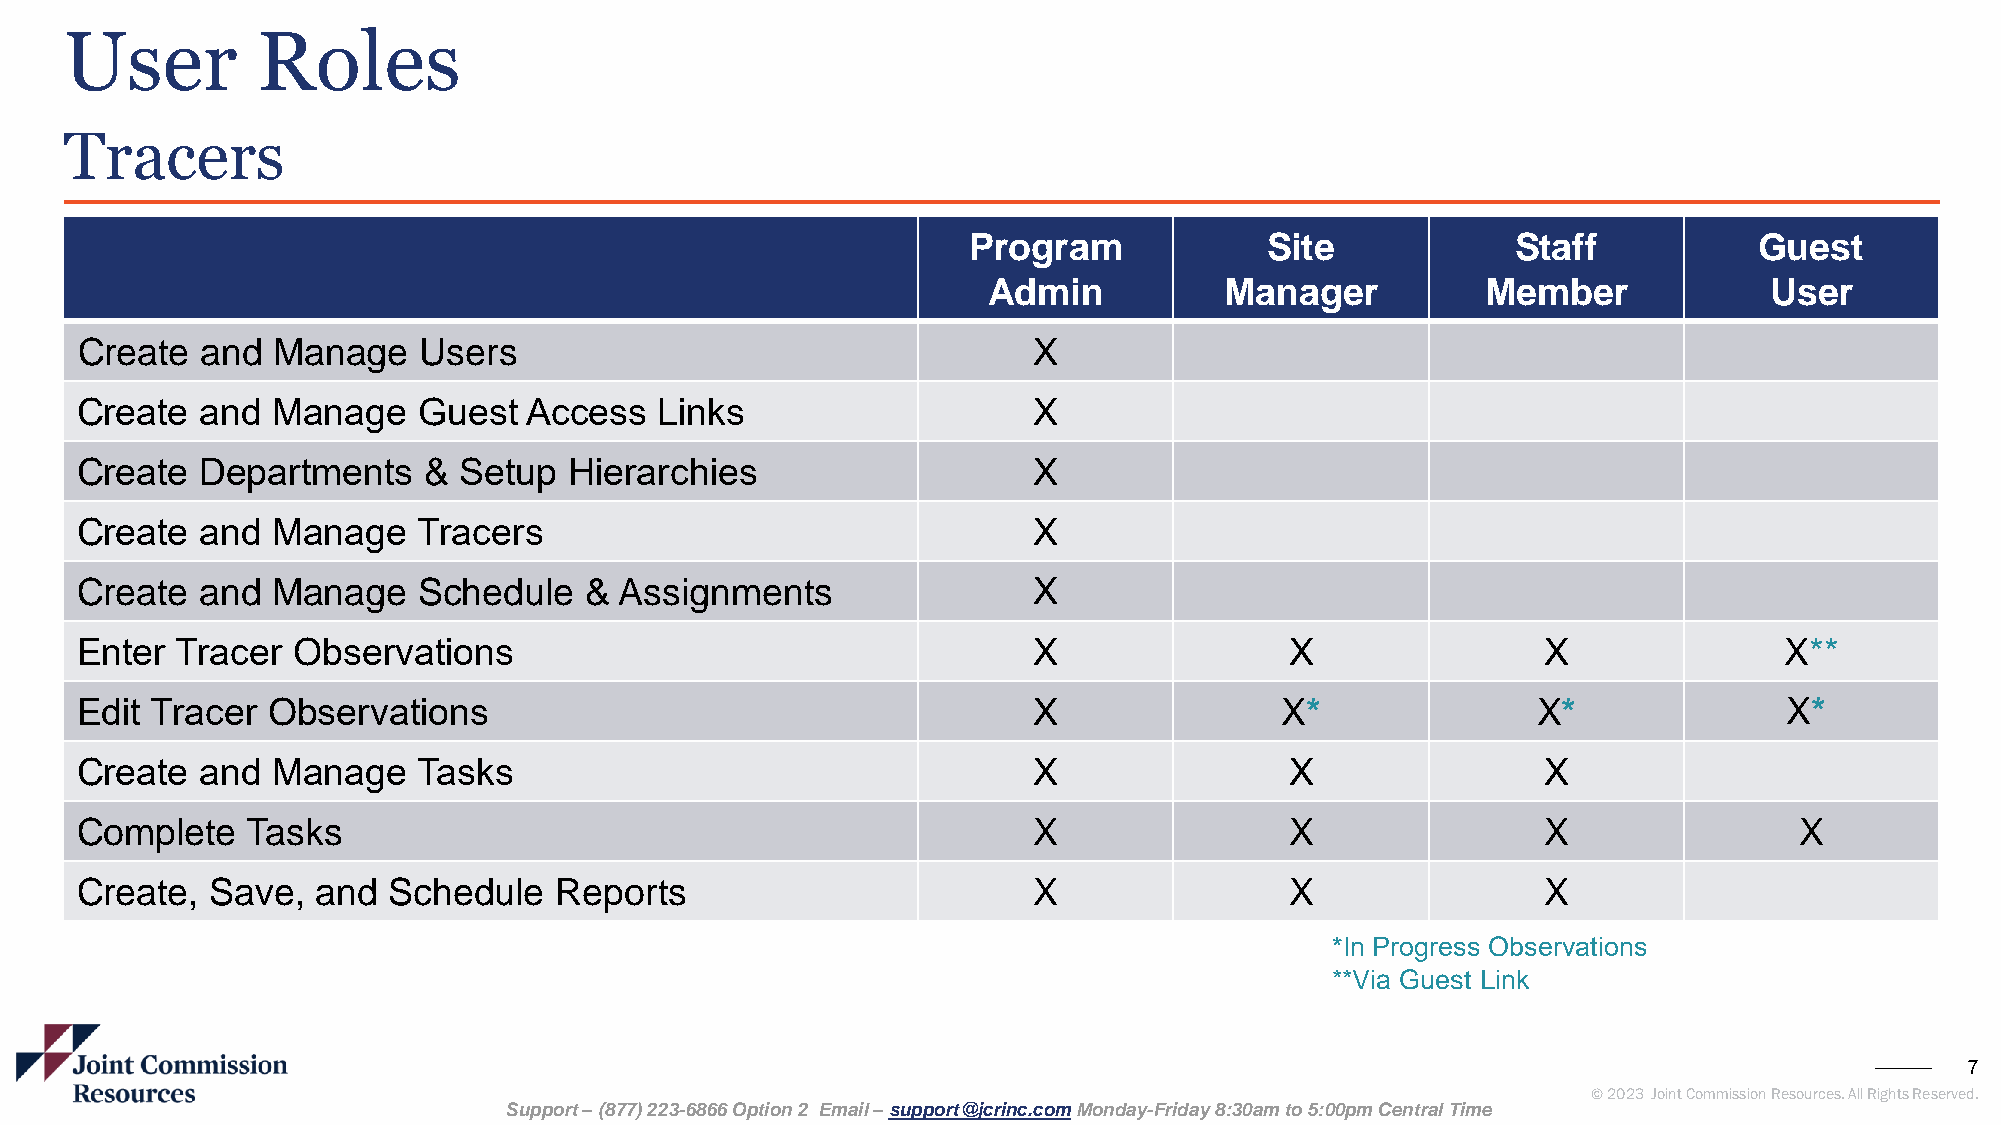
User         Roles
 Tracers
 Program             Site            Staff           Guest
 Admin           Manager          Member             User
 Create  and  Manage    Users                                   X​
 Create  and  Manage    Guest  Access   Links​                  X​
 Create  Departments    & Setup   Hierarchies​                  X​
 Create  and  Manage    Tracers​                                X​
 Create  and  Manage    Schedule   & Assignments                X​
 Enter  Tracer Observations​                                    X​               X​               X​              X**
 Edit Tracer  Observations​                                     X​               X*               X*              X*
 Create  and  Manage    Tasks​                                  X​               X​               X​
 Complete   Tasks                                               X                X                X                X
 Create,  Save,  and  Schedule   Reports                        X                X                X
 *In Progress Observations ​
 **Via Guest Link
 7
 © 2023 Joint Commission Resources. All Rights Reserved.
 Support –(877) 223-6866 Option 2 Email –support@jcrinc.comMonday-Friday 8:30am to 5:00pm Central Time